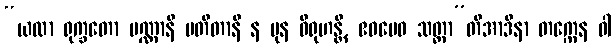
“ယထာ ရုက္ခတော ပဏ္ဏာနိ ပတိတာနိ န ပုန ဝိရုဟန္တိ, ဧဝမေဝ သတ္တာ”တိအာဒိနာ တက္ကေန ဝါ